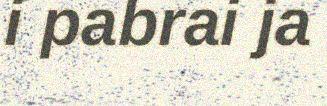
i pabrai ja